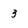
Character: 3